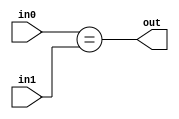
module EQ(input[1:0] in0, input[1:0] in1, output out);
	assign out = (in0 == in1);
endmodule